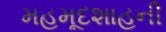
મહમૂદશાહની